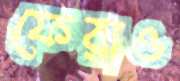
ফেরাও